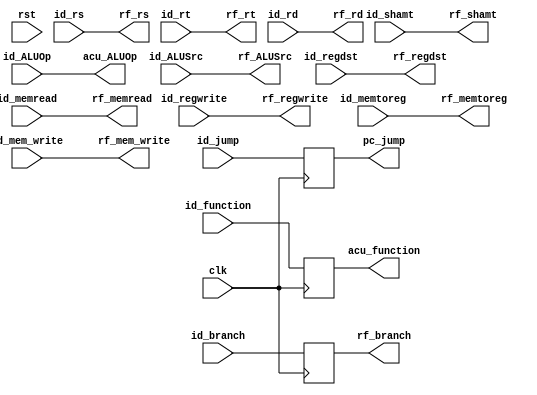
///temporary Reg between Decoder and Register file///
module ID_RF_Reg(
    input clk,rst,
  //signals
  input id_regwrite,id_memtoreg,id_mem_write,id_memread,id_ALUSrc,
  input id_regdst,id_branch,id_jump,
  input [1:0] id_ALUOp,
  
  //data from decoder
  input  [5:0] id_function,
  input  [4:0] id_rs,id_rt,id_rd,id_shamt,
 
  output reg [1:0] acu_ALUOp,                                      //for alu control unit
  output reg [5:0] acu_function,
  output reg [4:0] rf_rs,rf_rt,rf_rd,rf_shamt,
  
  //output signals
  output reg rf_regdst,rf_regwrite,rf_memtoreg,rf_ALUSrc,         //for register file
  output reg rf_mem_write,rf_memread,                             //for data memory
  output reg rf_branch,pc_jump  
);
  //shifting tonext state upon clk
  always@*
    begin
      rf_rs=id_rs;
      rf_rt=id_rt; 
      rf_rd=id_rd;
      rf_ALUSrc=id_ALUSrc;
      
      acu_ALUOp=id_ALUOp;
      
      rf_shamt= id_shamt;
      //signals
      rf_regwrite=id_regwrite;
      rf_memtoreg=id_memtoreg;
      rf_mem_write=id_mem_write;
      rf_memread=id_memread;
      rf_regdst=id_regdst;        
      end
  always@(posedge clk)
    begin
        pc_jump=id_jump;
        rf_branch=id_branch;            
        acu_function=id_function;
    end
endmodule